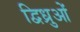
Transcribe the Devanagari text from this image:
द्विध्रुओं